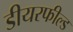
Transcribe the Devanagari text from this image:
डीयरफील्ड